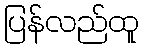
ပြန်လည်ထူ